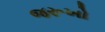
જરૂખો